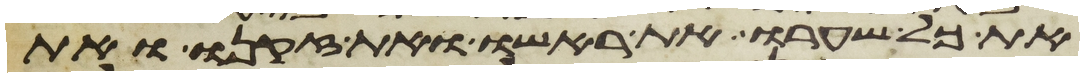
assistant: את כל שערו את ראשו ואת זקנו ואת